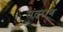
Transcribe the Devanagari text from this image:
संतराण